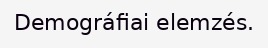
Demográfiai elemzés.